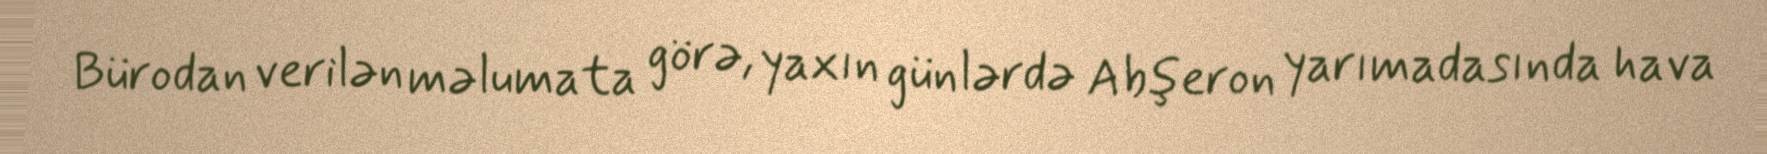
Bürodan verilən məlumata görə, yaxın günlərdə Abşeron yarımadasında hava